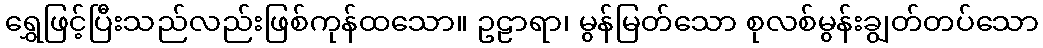
ရွှေဖြင့်ပြီးသည်လည်းဖြစ်ကုန်ထသော။ ဥဠာရာ၊ မွန်မြတ်သော စုလစ်မွန်းချွတ်တပ်သော